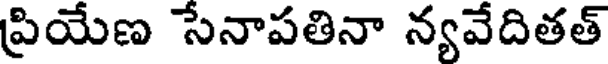
ప్రియేణ సేనాపతినా న్యవేదితత్